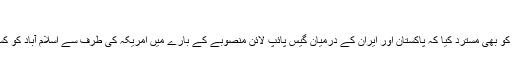
‘
ترجمان نے اس تاثر کو بھی مسترد کیا کہ پاکستان اور ایران کے درمیان گیس پائپ لائن منصوبے کے بارے میں امریکہ کی طرف سے اسلام آباد کو کسی دباؤ کا سامنا ہے۔